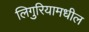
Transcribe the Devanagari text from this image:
लिगुरियामधील